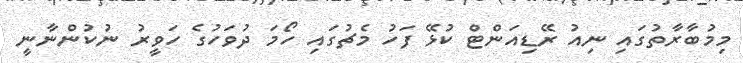
މިމުބާރާތުގައި ނިއު ރޭޑިއަންޓް ކުޅޭ ފަހު މެޗުގައި ހޯމަ ދުވަހުގެ ހަވީރު ނުކުންނާނީ